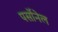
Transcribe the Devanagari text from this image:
पर्सोनेल